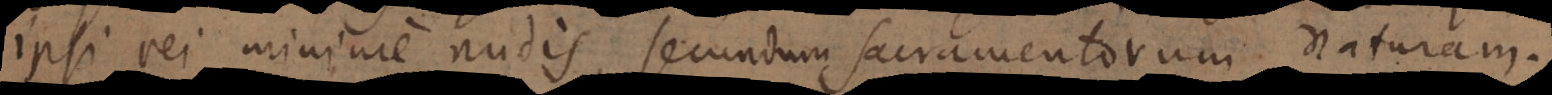
ipsi rei minime nudis, secundum sacramentorum naturam.